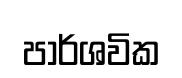
පාර්ශවික